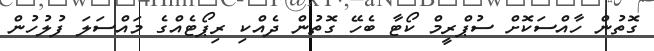
ގޮތުން ހާއްސަކޮށް ސުޕްރީމް ކޯޓާ ބެހޭ ގޮތުން ދެއްކި ރިޕޯޓެއްގެ މައްސަލަ ފުލުހުން